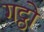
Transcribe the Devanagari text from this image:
गट्ठो